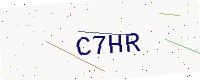
Text: C7HR